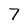
Character: 7